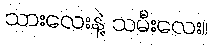
သားလေးနဲ့ သမီးလေး။